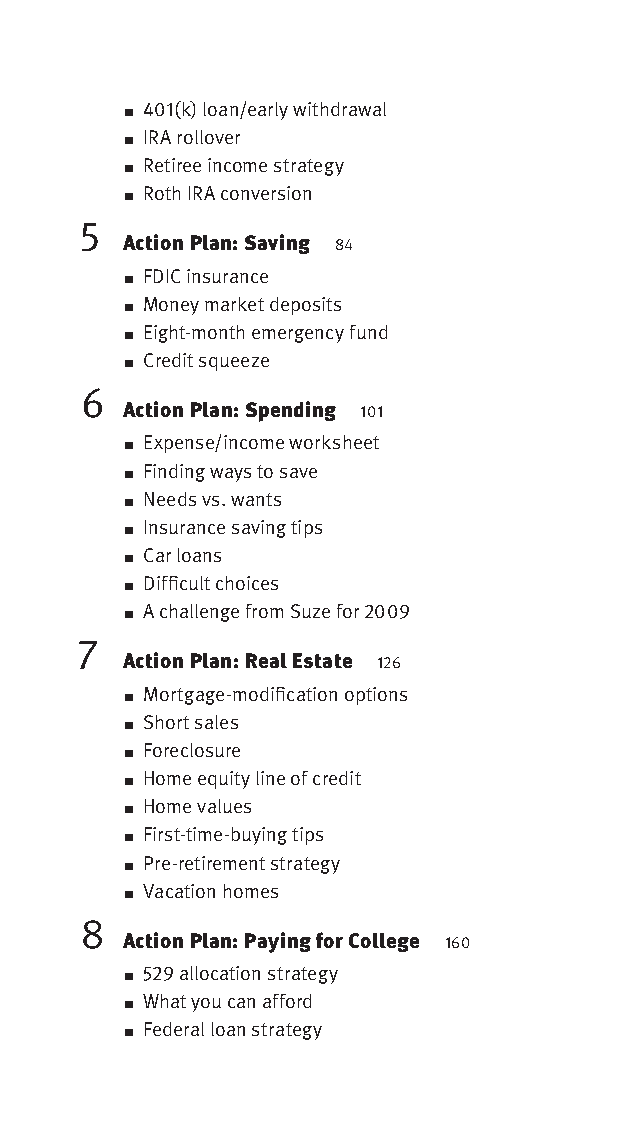
■
 401(k) loan/early withdrawal
 IRA rollover
 ■
 Retiree income strategy
 ■
 Roth IRA conversion
 ■
 5
 Action Plan: Saving 84
 FDIC insurance
 ■
 Money market deposits
 ■
 Eight-month emergency fund
 ■
 Credit squeeze
 ■
 6
 Action Plan: Spending 101
 Expense/income worksheet
 ■
 Finding ways to save
 ■
 Needs vs. wants
 ■
 Insurance saving tips
 ■
 Car loans
 ■
 Diffi cult choices
 ■
 A challenge from Suze for 2009
 ■
 7
 Action Plan: Real Estate 126
 Mortgage-modifi cation options
 ■
 Short sales
 ■
 Foreclosure
 ■
 Home equity line of credit
 ■
 Home values
 ■
 First-time-buying tips
 ■
 Pre-retirement strategy
 ■
 Vacation homes
 ■
 8
 Action Plan: Paying for College 160
 529 allocation strategy
 ■
 What you can afford
 ■
 Federal loan strategy
 ■
 OOrrmmaa__99778800338855553300993344__44pp__aallll__rr11..iinndddd vvii 1122//33//0088 99::3300::5555 AAMM